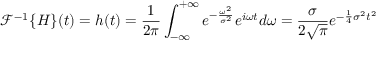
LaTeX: { \mathcal { F } } ^ { - 1 } \{ H \} ( t ) = h ( t ) = { \frac { 1 } { 2 \pi } } \int _ { - \infty } ^ { + \infty } { e ^ { - { \frac { \omega ^ { 2 } } { \sigma ^ { 2 } } } } e ^ { i \omega t } } d \omega = { \frac { \sigma } { 2 { \sqrt { \pi } } } } e ^ { - { \frac { 1 } { 4 } } \sigma ^ { 2 } t ^ { 2 } }